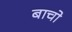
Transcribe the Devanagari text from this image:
बाचो